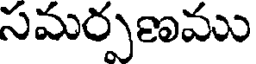
సమర్పణము